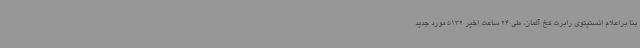
بنا براعلام انستیتوی رابرت کخ آلمان، طی 24 ساعت اخیر 5132 مورد جدید